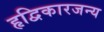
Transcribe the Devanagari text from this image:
हृद्विकारजन्य